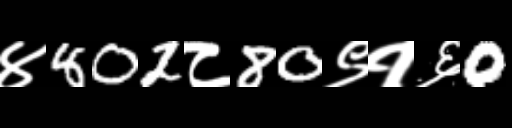
Text: ४802८80९१६0